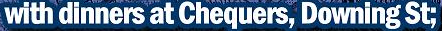
with dinners at Chequers,Downing St;